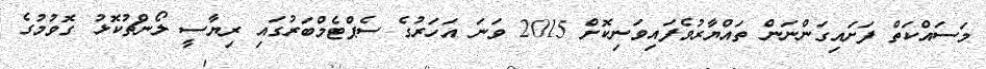
މަސައްކަތް ފަށައިގަންނަން ތައްޔާރުވެފައިވަނިކޮށް 2015 ވަނަ އަހަރުގެ ސެޕްޓެމްބަރުގައި ރިޔާސީ ލޯންޗުކޮޅު ގޮވުމުގެ